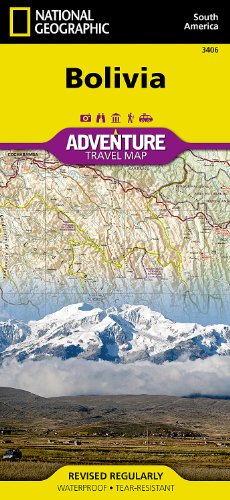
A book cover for Bolivia (National Geographic Adventure Map); National Geographic Maps - Adventure; Travel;